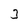
Character: 3